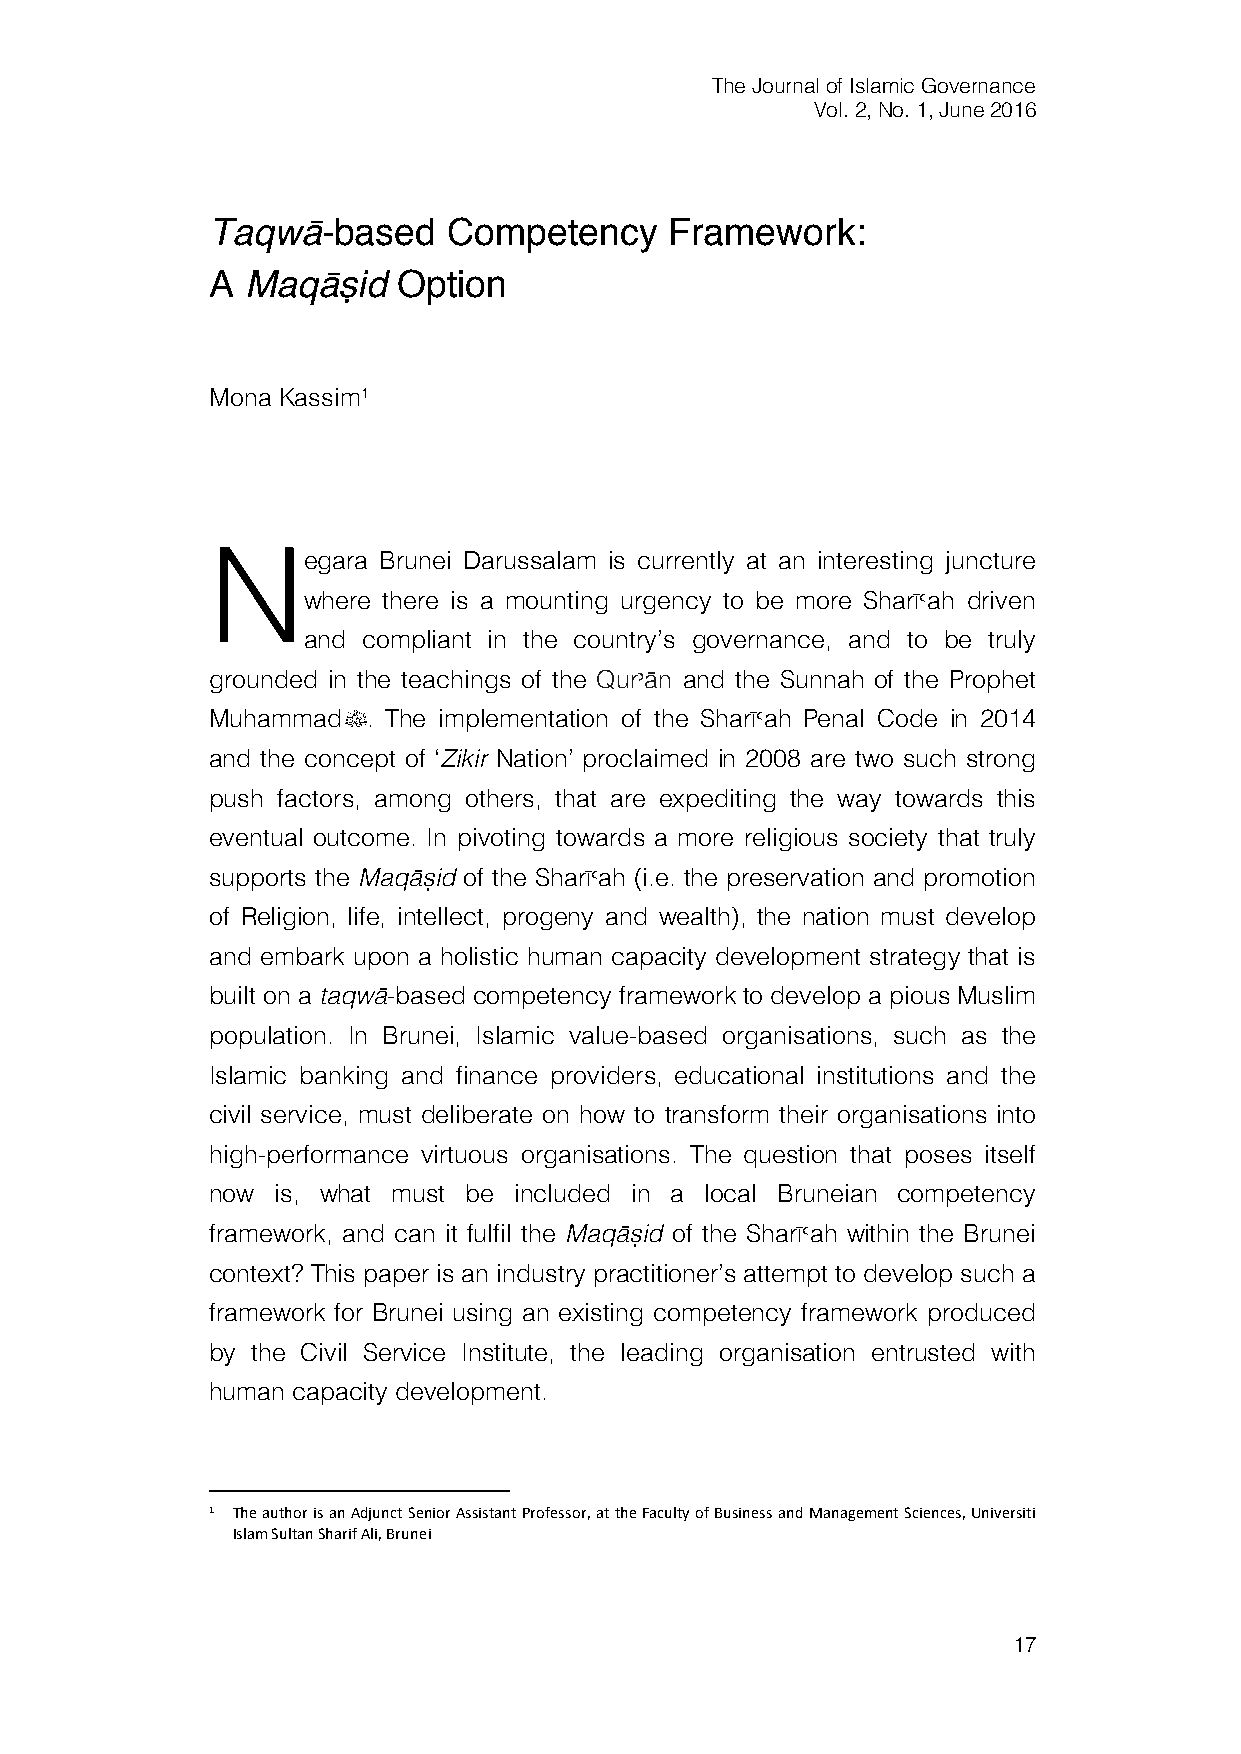
The Journal of Islamic Governance
 Vol. 2, No. 1, June 2016
 Taqwā-based     Competency    Framework:
 A Maqāṣid   Option
 Mona Kassim1
 N
 egara Brunei Darussalam is currently at an interesting juncture
 where there is a mounting urgency to be more Sharī>ah driven
 and compliant in the country’s governance, and to be truly
 grounded in the teachings of the Qur<ān and the Sunnah of the Prophet
 Muhammadﷺ.  The implementation of the Sharī>ah Penal Code in 2014
 and the concept of ‘Zikir Nation’ proclaimed in 2008 are two such strong
 push factors, among others, that are expediting the way towards this
 eventual outcome. In pivoting towards a more religious society that truly
 supports the Maqāṣid of the Sharī>ah (i.e. the preservation and promotion
 of Religion, life, intellect, progeny and wealth), the nation must develop
 and embark upon a holistic human capacity development strategy that is
 built on a taqwā-based competency framework to develop a pious Muslim
 population. In Brunei, Islamic value-based organisations, such as the
 Islamic banking and finance providers, educational institutions and the
 civil service, must deliberate on how to transform their organisations into
 high-performance virtuous organisations. The question that poses itself
 now is, what must be included in a local Bruneian competency
 framework, and can it fulfil the Maqāṣid of the Sharī>ah within the Brunei
 context? This paper is an industry practitioner’s attempt to develop such a
 framework for Brunei using an existing competency framework produced
 by the Civil Service Institute, the leading organisation entrusted with
 human capacity development.
 1 The author is an Adjunct Senior Assistant Professor, at the Faculty of Business and Management Sciences, Universiti
 Islam Sultan Sharif Ali, Brunei
 17